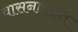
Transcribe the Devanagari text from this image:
वासनारहित